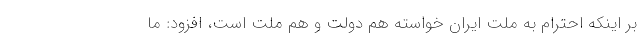
بر اینکه احترام به ملت ایران خواسته هم دولت و هم ملت است، افزود: ما